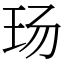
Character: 玚